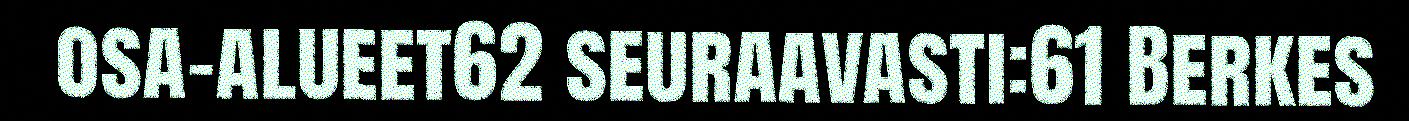
osa-alueet62 seuraavasti:61 Berkes